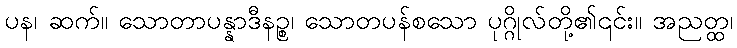
ပန၊ ဆက်။ သောတာပန္နာဒီနဉ္စ၊ သောတပန်စသော ပုဂ္ဂိုလ်တို့၏၎င်း။ အညတ္ထ၊